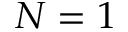
N = 1